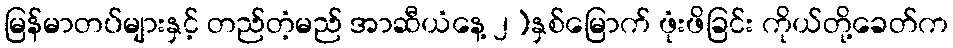
မြန်မာတပ်များနှင့် တည်တံ့မည် အာဆီယံနေ့ ၂)နှစ်မြောက် ဖုံးဖိခြင်း ကိုယ်တို့ခေတ်က